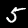
Label: 5